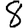
Digit: 8